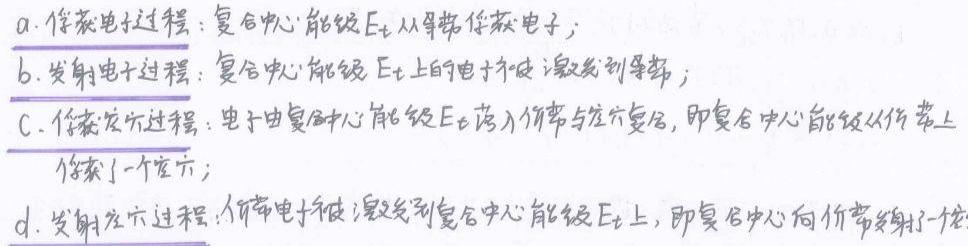
a. 俘获电子过程：复合中心能级$E_t$从导带俘获电子；
b. 发射电子过程：复合中心能级$E_t$上的电子被激发到导带；
c. 俘获空穴过程：电子由复合中心能级$E_t$落入价带与空穴复合，即复合中心能级从价带上俘获了一个空穴；
d. 发射空穴过程：价带电子被激发到复合中心能级$E_t$上，即复合中心向价带发射了一个空穴。